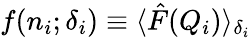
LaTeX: f(n_{i};\delta_{i})\equiv\langle\hat{F}(Q_{i})\rangle_{\delta_{i}}